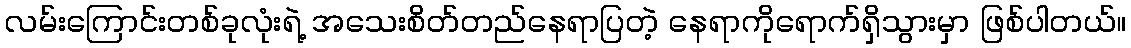
လမ်းကြောင်းတစ်ခုလုံးရဲ့ အသေးစိတ်တည်နေရာပြတဲ့ နေရာကိုရောက်ရှိသွားမှာ ဖြစ်ပါတယ်။